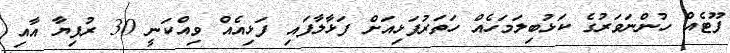
ފޫޓެއް ހުންނަވަރުގެ ކަޅުބިލަމަހެއް ހަތަރުފަޅިއަށް ފަޅާލާފައި ފަޅިއެއް ވިއްކަނީ 30 ރުފިޔާ އާއި